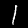
Digit: 1